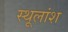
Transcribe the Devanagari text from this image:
स्थूलांश